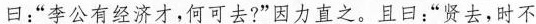
\underline{曰：“李公有经济才，何可去？”因力直之。}且曰：“贤去，时不